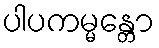
ပါပကမ္မန္တော